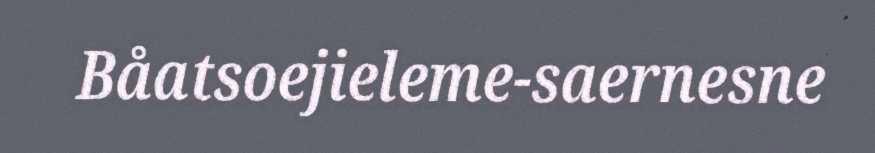
Båatsoejieleme-saernesne